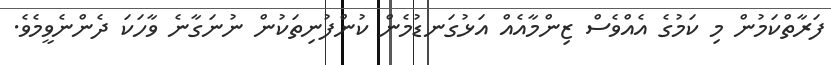
ފަރާތްކަމުން މި ކަމުގެ އެއްވެސް ޒިންމާއެއް އަޅުގަނޑުމެން ކުންފުނިތަކުން ނުނަގާނެ ވާހަކަ ދެންނެވީމެވެ.